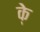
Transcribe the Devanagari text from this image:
के्